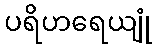
ပရိဟရေယျုံ